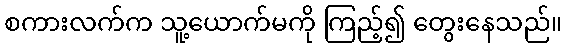
စကားလက်က သူ့ယောက်မကို ကြည့်၍ တွေးနေသည်။